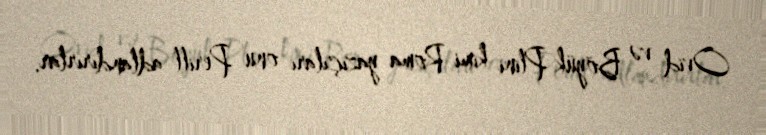
Ovid və Böyük Plini kimi Roma yazıçıları onu Perill adlandırırlar.